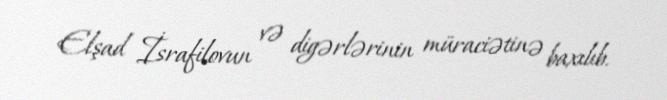
Elşad İsrafilovun və digərlərinin müraciətinə baxılıb.